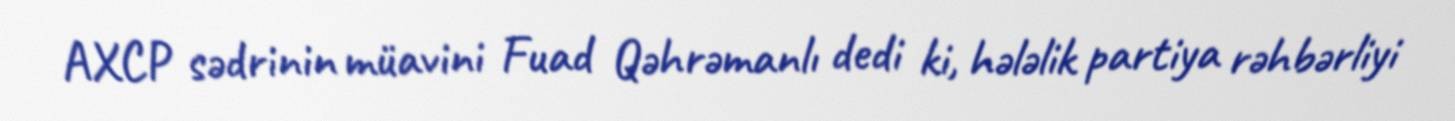
AXCP sədrinin müavini Fuad Qəhrəmanlı dedi ki, hələlik partiya rəhbərliyi